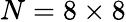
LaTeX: N=8\times 8